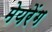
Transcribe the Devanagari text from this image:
मेयरेंग